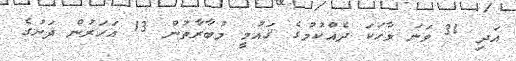
އަދި 31 ވަނަ ވާހަކަ ދެއްކުމުގެ ޤައުމީ މުބާރާތުން 13 އަހަރުން ދަށުގެ